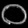
Digit: ၀